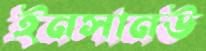
ইনসানউ